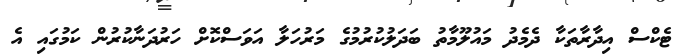
ޓެކްސް އިދާރާތަކާ ދެމެދު މައުލޫމާތު ބަދަލުކުރުމުގެ މަރުހަލާ އަވަސްކޮށް ހަރުދަނާކުރުން ކަމުގައި އެ